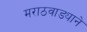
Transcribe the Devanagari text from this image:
मराठवाड्याने